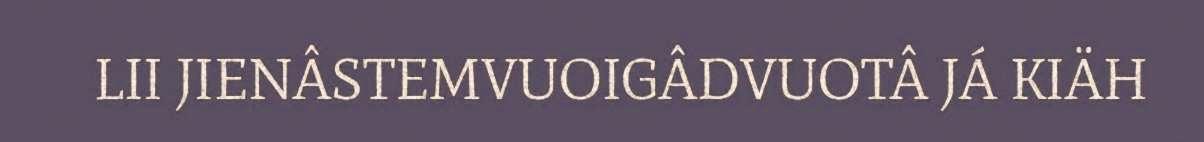
LII JIENÂSTEMVUOIGÂDVUOTÂ JÁ KIÄH